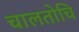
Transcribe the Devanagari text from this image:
चालतोचि